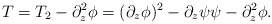
\begin{align*}T= T_2 - \partial_z^2 \phi = ( \partial_z \phi)^2 - \partial_z \psi\psi - \partial_z^2 \phi.\end{align*}